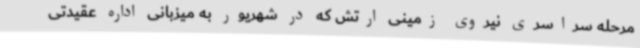
مرحله سراسری نیروی زمینی ارتش که در شهریور به میزبانی اداره عقیدتی